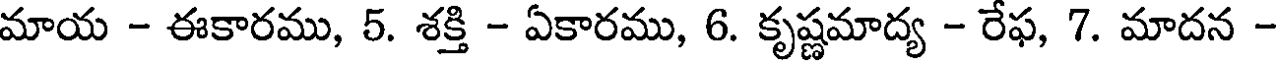
మాయ - ఈకారము, 5. శక్తి - ఏకారము, 6. కృష్ణమాద్య - రేఫ, 7. మాదన -